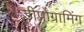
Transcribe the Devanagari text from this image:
डीप्रोग्रामिंग